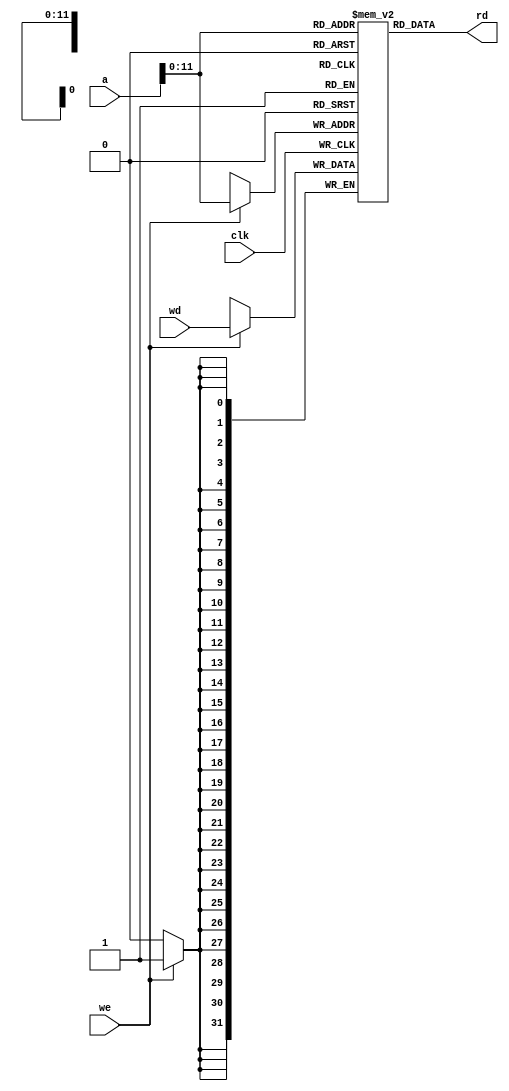
module dmem
  (
   input         clk, we,
   input [15:0]  a,
   input [31:0]  wd,
   output [31:0] rd);

   reg [31:0]    ram[4 * 1024];

   // Read combinationally
   assign rd = ram[a];

   // Sequential write
   always @(posedge clk)
     if (we)
       ram[a] <= wd;
endmodule